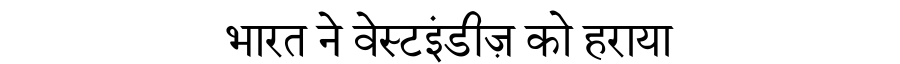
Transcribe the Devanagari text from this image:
भारत ने वेस्टइंडीज़ को हराया